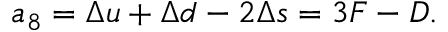
a _ { 8 } = \Delta u + \Delta d - 2 \Delta s = 3 F - D .